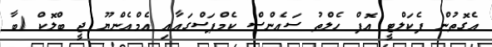
އެގޮތުން ފެކަލްޓީ އޮފް ހެލްތު ސައެންސް ކެމްޕަސްގައާއި އެމްއެންޔޫ ޖީ ބްލޮކް (ބާ